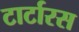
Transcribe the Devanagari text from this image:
टार्टारस